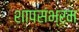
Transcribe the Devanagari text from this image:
शापसंभ्रम